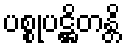
ပစ္စုပဋ္ဌိတန္တိ